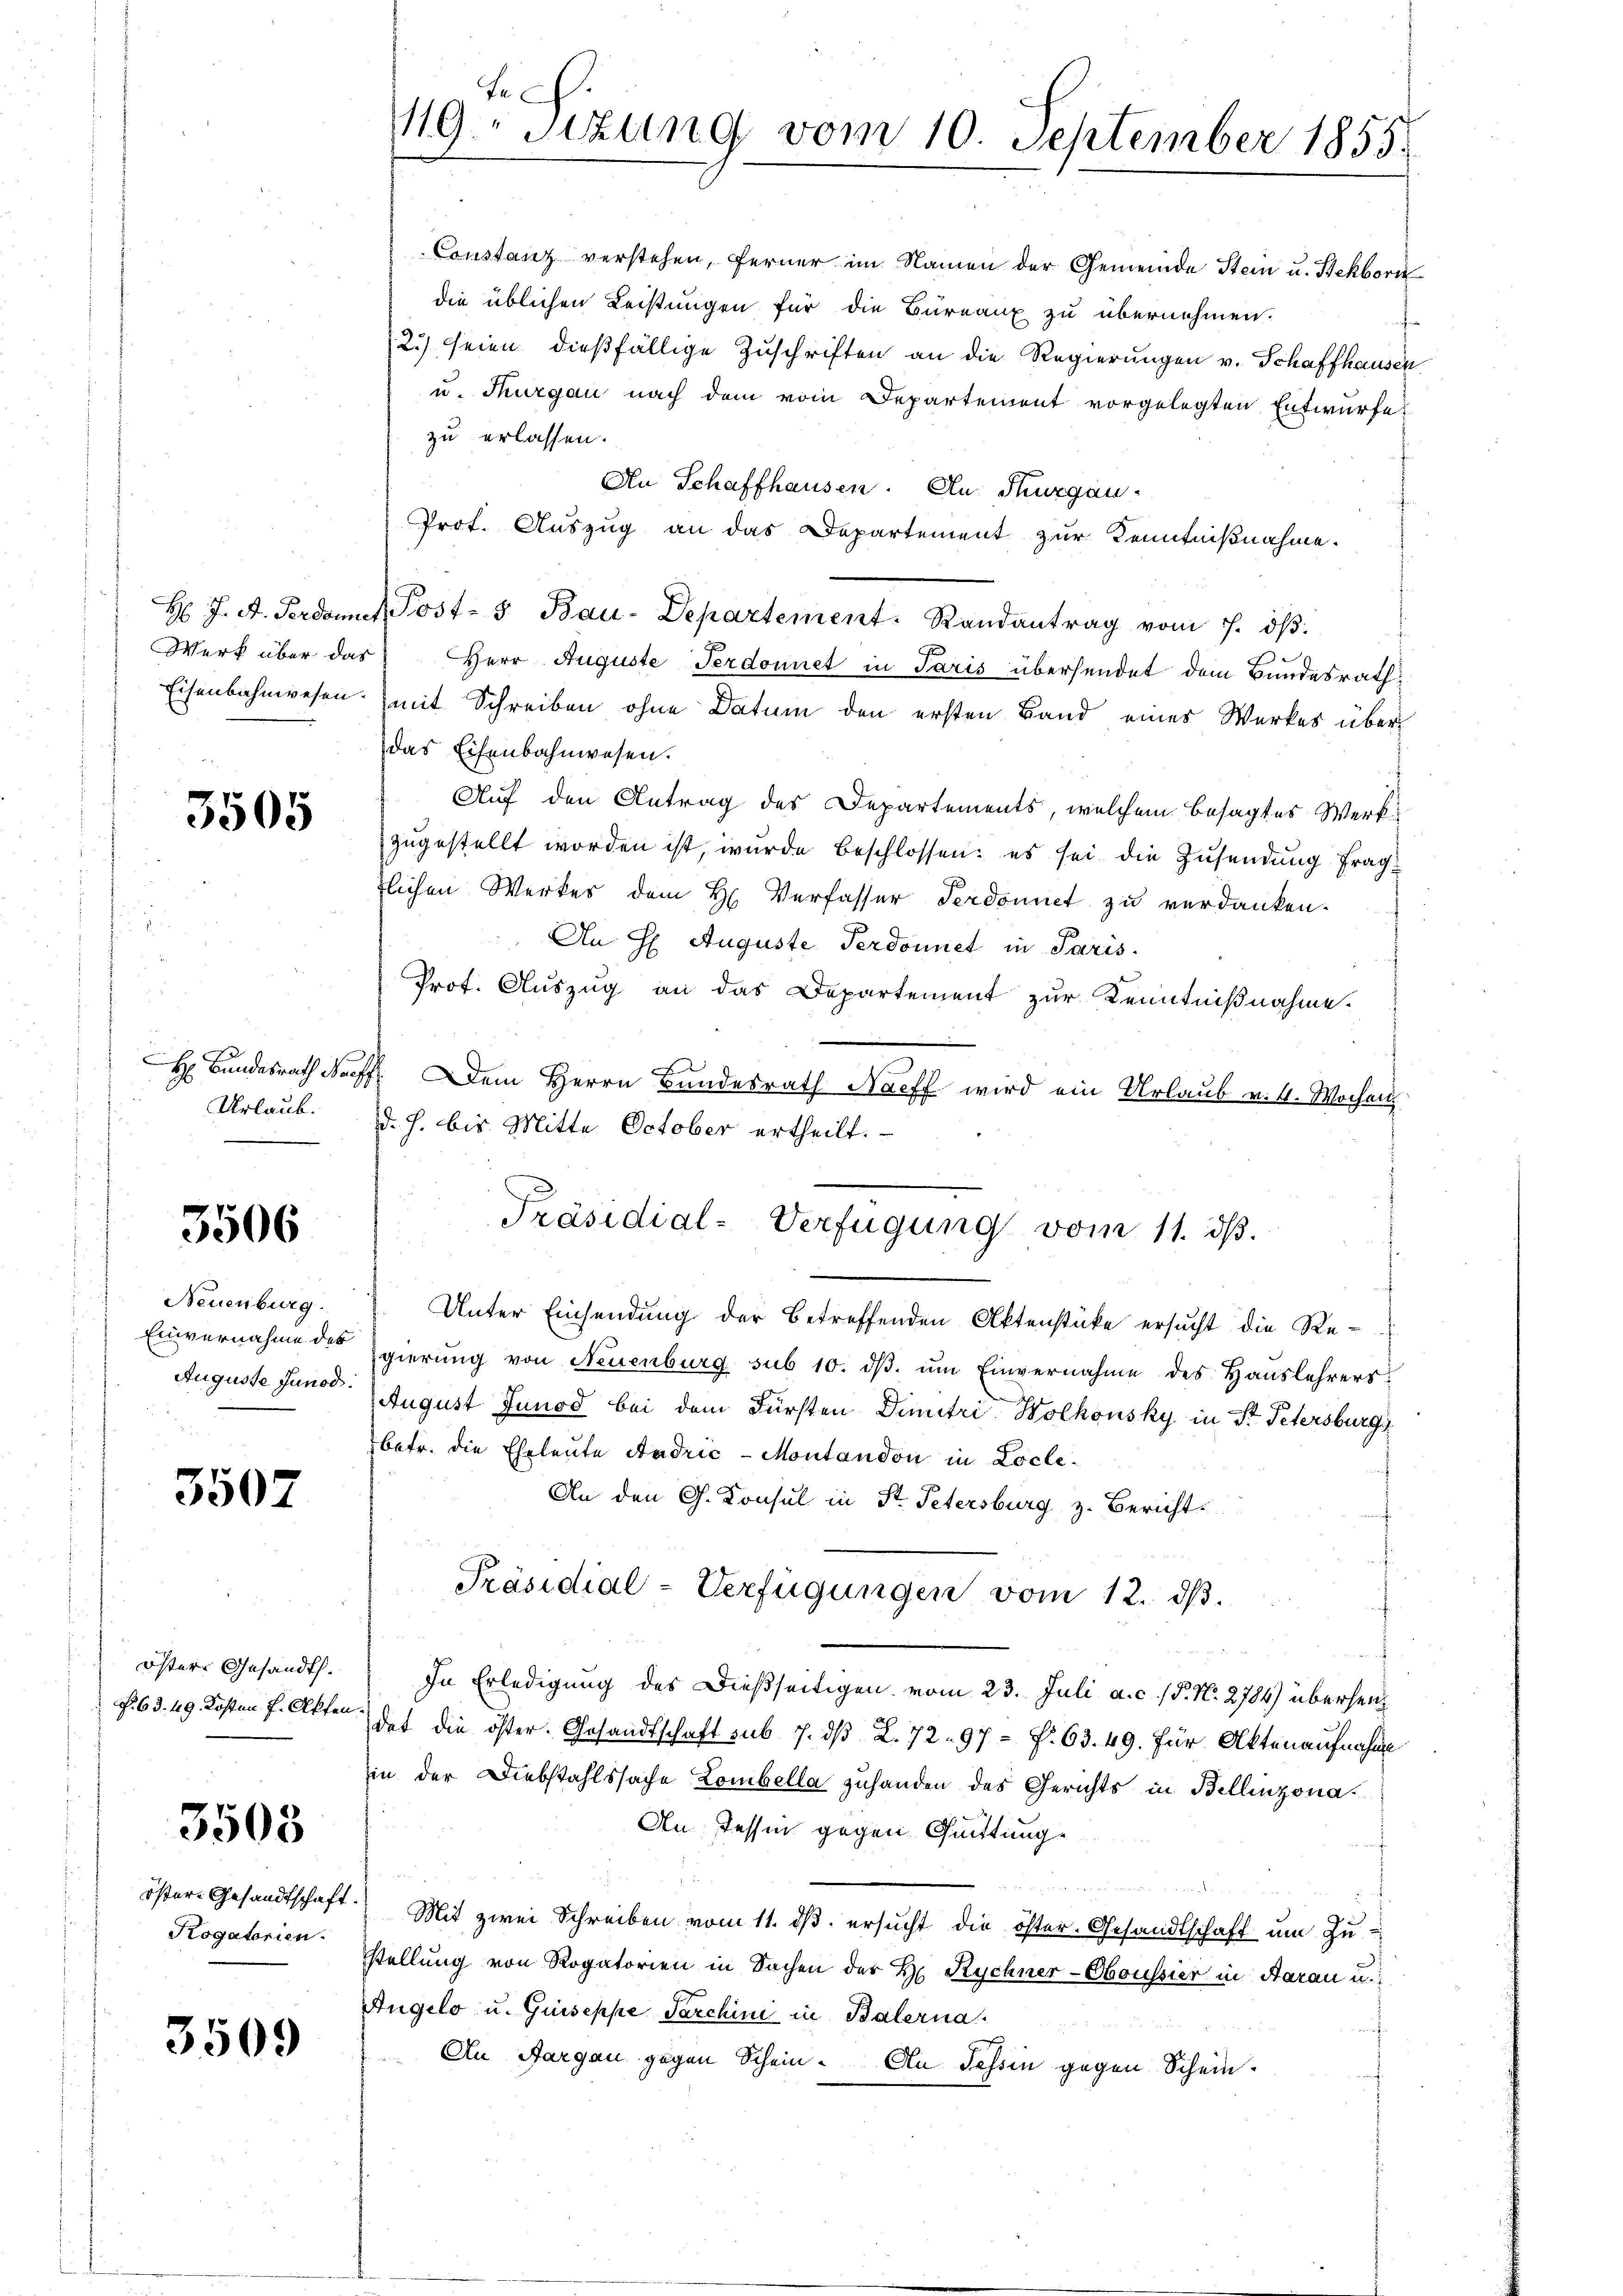
Werk über das

3505

H Bundesrath Nac
Urlaub.

3506

Neuenburg.
Einvernahme des
Auguste Junod:

3507

Östere Gesandt.
N. 63. 49. Kosten J. Akten.

3508

öster Gesandtschaft.
Kogatorien.

3509

Fr
119. Sizung vom 10. September 1855.

Constanz verstehen, ferner im Namen der Gemeinde Stein u. Bekborn
die üblichen Leistungen für die Bureaux zu übernehmen.
(2.) seien dießfällige Zuschriften an die Regierungen v. Schaffhausen
u. Thurgau nach dem vom Departement vorgelegten Entwürfe,
zu erlassen.
An Schaffhausen. An Thurgau-
Prot. Auszug an das Departement zur Kenntnißnahme.
H J. A. Ferdamit Post- & Bau-Departement. Randantrag vom 7. dβ.
Herr Auguste Ferdonnet in Paris übersendet dem Bundesrath,
Eisenbahnwesen (mit Schreiben ohne Datum den ersten Band eines Werkes über
das Eisenbahnwesen.
Auf den Antrag des Departements, welchem besagtes Werkzugestellt worden ist, wurde beschlossen: es sei die Zusendung fragtlichen Werkes dem H. Verfasser Ferdonnet zu verdanken.
An H. Auguste Perdonnet in Paris.
Prot. Auszug an das Departement zur Kenntnißnahme.
2. Dem Herrn Bundesrath Naeff wird ein Urlaub v. M. Wochen
D. h. bis Mitte October ertheilt.
Präsidial-Verfügung vom 11. ds.
Unter Einsendung der betreffenden Aktenstücke ersucht die Regierung von Neuenburg sub 10. dβ. ŭm Einvernahme des Hauslehrers
August Junod bei dem Fürsten Dimitri-Wolkonsky in St. Petersburg,
betr. die Eheleute Andrić - Montandon in Locle¬
An den G. Konsul in St. Petersburg z. Bericht.
Präsidial-Verfügungen vom 12. dβ.
In Erledigung des Dießseitigen vom 23. Juli a. c. (T. N. 2784) übersei
dat die öster. Gesandtschaft sub 7. dβ L. 72. 97 f. 63. 49. Für Aktenaufnahme
in der Diebstahlssache Lombella zuhanden des Gerichts in Bellinzona¬
An dessen gegen Quittung
s
Mit zwei Schreiben vom 11. dβ ersucht die öster. Gesandtschaft um Zu-
stellung von Rogatorien in Sachen der H. Rychner-Oboussier in Aarau u.
Angelo u. Guiseppe Parchini in Balerna
An Aargau gegen Schein. An Tessin gegen Schein¬